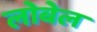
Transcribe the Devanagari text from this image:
लोबेल